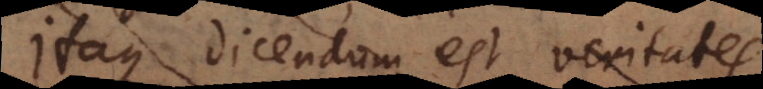
ita dicendum foret, veritates